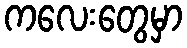
ကလေးတွေမှာ